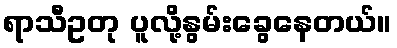
ရာသီဥတု ပူလို့နွမ်းခွေနေတယ်။